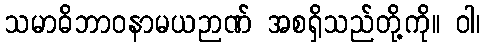
သမာဓိဘာဝနာမယဉာဏ် အစရှိသည်တို့ကို။ ဝါ၊